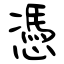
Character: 憑